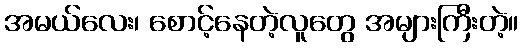
အမယ်လေး၊ စောင့်နေတဲ့လူတွေ အများကြီးတဲ့။